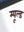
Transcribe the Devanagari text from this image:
म्यूल्ड